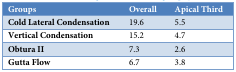
<table><thead><tr><td><b>Groups</b></td><td><b>Overall</b></td><td><b>Apical Third</b></td></tr></thead><tbody><tr><td><b>Cold Lateral Condensation</b></td><td>19.6</td><td>5.5</td></tr><tr><td><b>Vertical Condensation</b></td><td>15.2</td><td>4.7</td></tr><tr><td><b>Obtura II</b></td><td>7.3</td><td>2.6</td></tr><tr><td><b>Gutta Flow</b></td><td>6.7</td><td>3.8</td></tr></tbody></table>